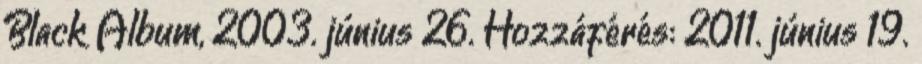
Black Album, 2003. június 26. Hozzáférés: 2011. június 19.